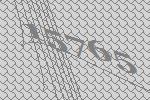
15765